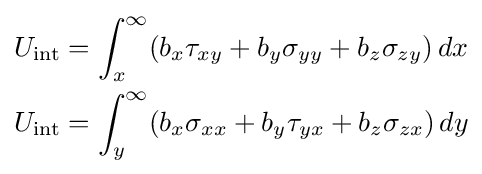
{\begin{aligned}U_{\rm {int}}&=\int _{x}^{\infty }(b_{x}\tau _{xy}+b_{y}\sigma _{yy}+b_{z}\sigma _{zy})\,dx\\U_{\rm {int}}&=\int _{y}^{\infty }(b_{x}\sigma _{xx}+b_{y}\tau _{yx}+b_{z}\sigma _{zx})\,dy\end{aligned}}